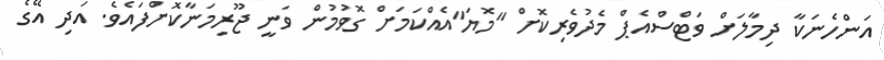
އަންހެނަކާ ދިމާލަށް ވަޓްސްއެޕް މެދުވެރިކޮށް "މޮޔަ"އެއްކަމަށް ގޮވުމުން ވަނީ ޖޫރިމަނާކޮށްފައެވެ. އަދި އޭގެ